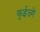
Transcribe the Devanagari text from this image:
कुईल्न्गे